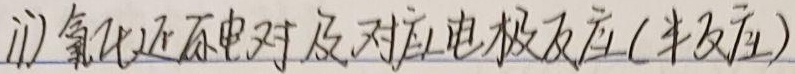
11) 氧化还原电对及对应电极反应(半反应)